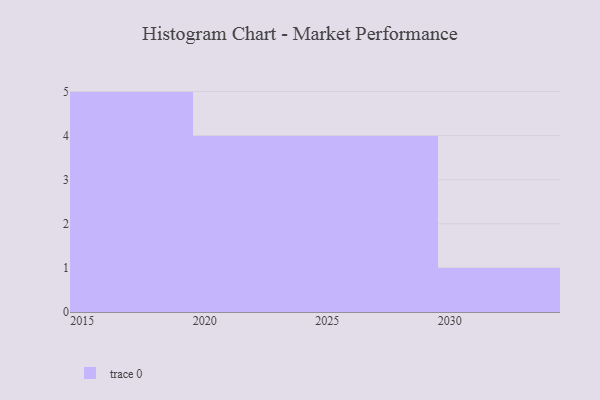
{"axis": {"x": "Year", "y": "Conversion Rate (%)"}, "legend": [""], "data": [{"x": "2015", "y": 55, "type": ""}, {"x": "2017", "y": 81, "type": ""}, {"x": "2016", "y": 14, "type": ""}, {"x": "2021", "y": 45, "type": ""}, {"x": "2020", "y": 4, "type": ""}, {"x": "2019", "y": 39, "type": ""}, {"x": "2024", "y": 51, "type": ""}, {"x": "2018", "y": 3, "type": ""}, {"x": "2028", "y": 43, "type": ""}, {"x": "2030", "y": 99, "type": ""}, {"x": "2023", "y": 38, "type": ""}, {"x": "2025", "y": 97, "type": ""}, {"x": "2026", "y": 30, "type": ""}, {"x": "2029", "y": 81, "type": ""}]}